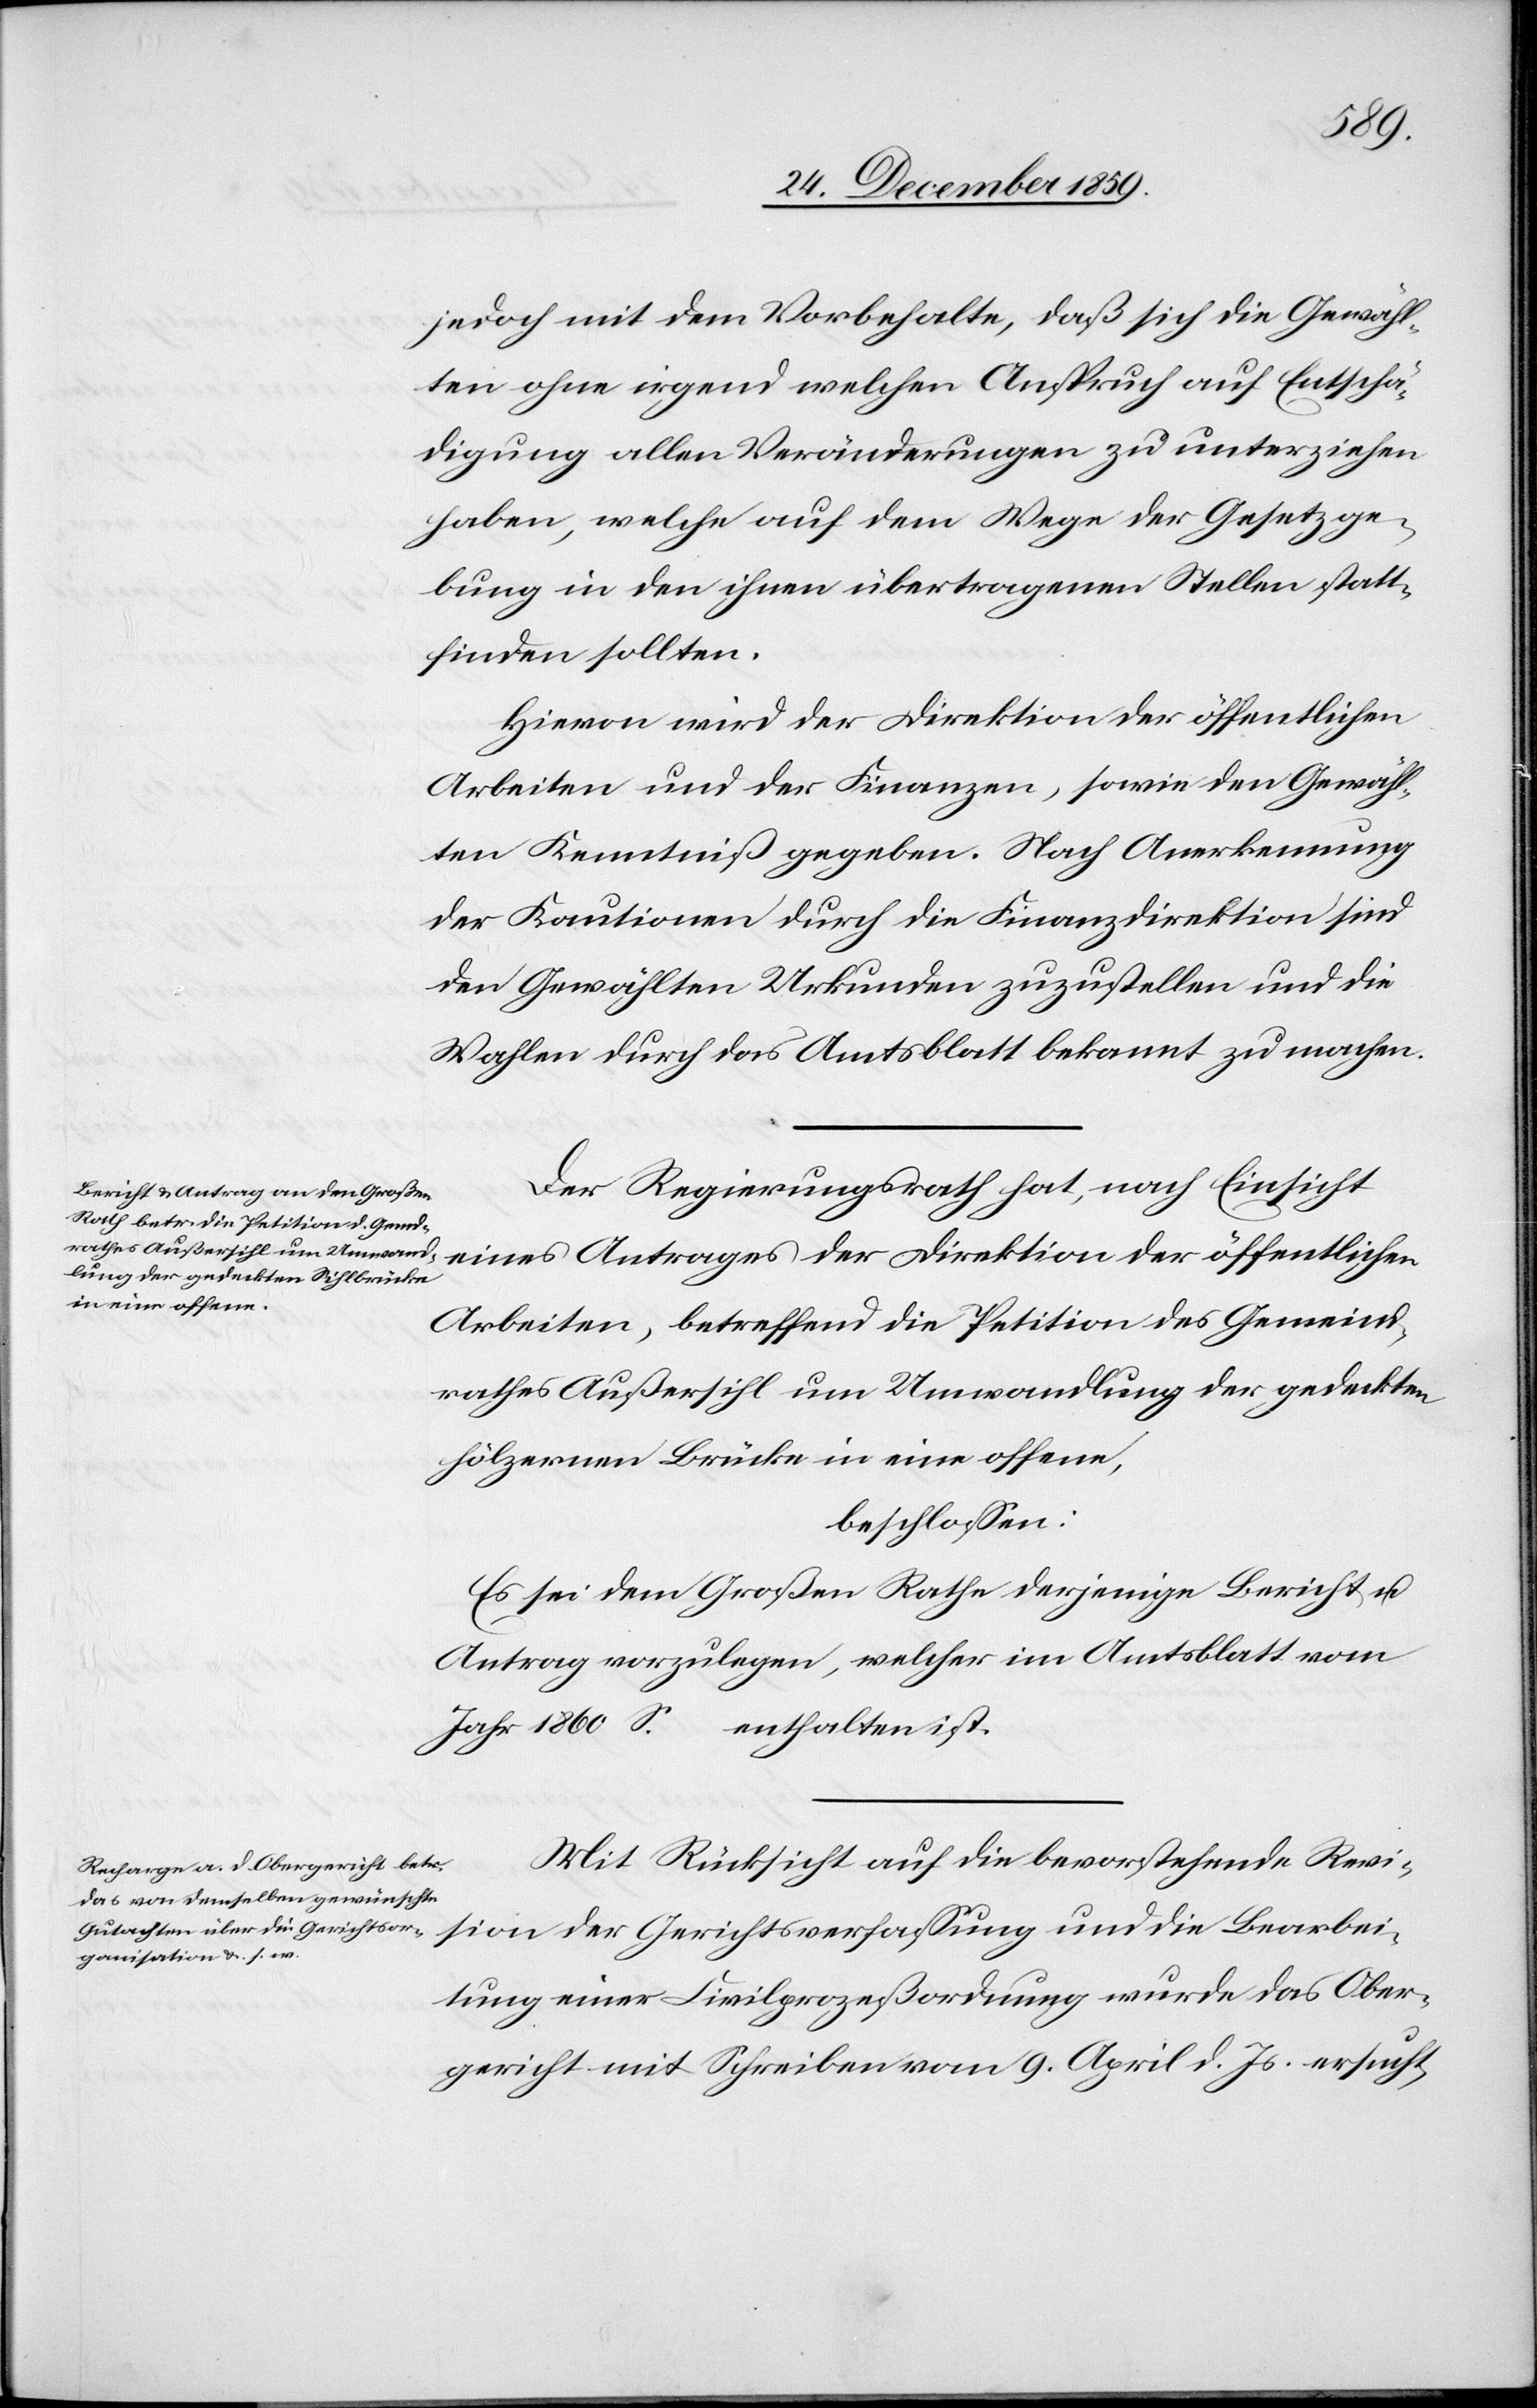
jedoch mit dem Vorbehalte, daß sich die Gewähl¬
ten ohne irgend welchen Anspruch auf Entschä¬
digung allen Veränderungen zu unterziehen
haben, welche auf dem Wege der Gesetzge¬
bung in den ihnen übertragenen Stellen statt¬
finden sollten.
Hievon wird der Direktion der öffentlichen
Arbeiten und der Finanzen, sowie den Gewähl¬
ten Kenntniß gegeben. Nach Anerkennung
der Kautionen durch die Finanzdirektion sind
den Gewählten Urkunden zuzustellen und die
Wahlen durch das Amtsblatt bekannt zu machen.
Der Regierungsrath hat, nach Einsicht
eines Antrages der Direktion der öffentlichen
Arbeiten, betreffend die Petition des Gemeind¬
rathes Außersihl um Umwandlung der gedeckten
hölzernen Sihlbrücke in eine offene,
beschlossen:
Es sei dem Großen Rathe derjenige Bericht u.
Antrag vorzulegen, welcher im Amtsblatt vom
Jahr 1860 S.
enthalten ist.
Mit Rücksicht auf die bevorstehende Revi¬
sion der Gerichtsverfassung und die Bearbei¬
tung einer Civilprozeßordnung wurde das Ober¬
gericht mit Schreiben vom 9. April d. Js. ersucht,